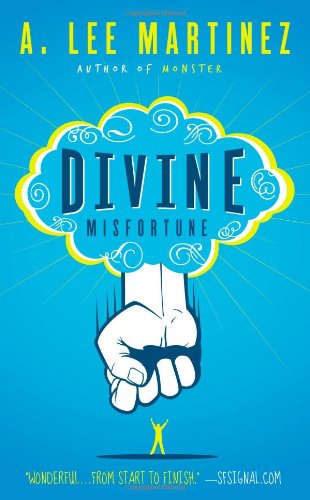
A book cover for Divine Misfortune; A. Lee Martinez; Science Fiction & Fantasy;